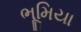
ભૂમિયા